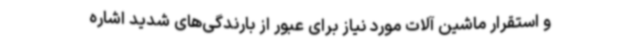
و استقرار ماشین آلات مورد نیاز برای عبور از بارندگی‌های شدید اشاره